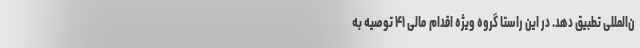
ن‌المللی تطبیق دهد. در این راستا گروه ویژه اقدام مالی ۴۱ توصیه به